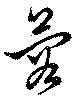
蓉